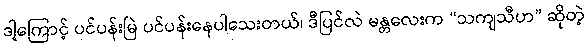
ဒါ့ကြောင့် ပင်ပန်းမြဲ ပင်ပန်းနေပါသေးတယ်၊ ဒီပြင်လဲ မန္တလေးက “သကျသီဟ” ဆိုတဲ့